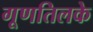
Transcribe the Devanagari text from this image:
गूणतिलके